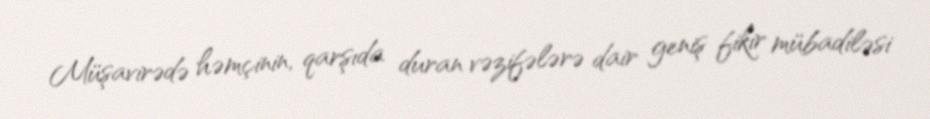
Müşavirədə həmçinin, qarşıda duran vəzifələrə dair geniş fikir mübadiləsi